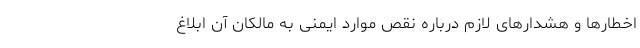
اخطارها و هشدارهای لازم درباره نقص موارد ایمنی به مالکان آن ابلاغ